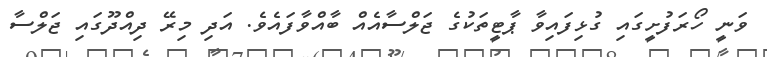
ވަނީ ހޯރަފުށީގައި ގުޅިފައިވާ ޕާޓީތަކުގެ ޖަލްސާއެއް ބާއްވާފައެވެ. އަދި މިރޭ ދިއްދޫގައި ޖަލްސާ